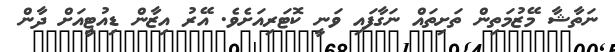
ނަތާޝާ މޭޒުމަތިން ތަށިތައް ނަގާފައި ވަނީ ކޮޓަރިއަށެވެ. އޭރު އިޒާން ޑިއުޓީއަށް ދާން